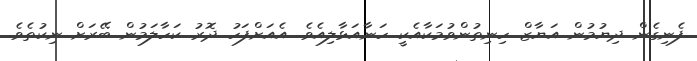
ފެނިގެން ދިޔުމުން އަޔާޒް ހިނިތުންވުމަކާއެކީ ހަނާއަޅާލިއެވެ. އެއަށްފަހު ދޮރު ކަހާލަމުން ބޭރަށް ނިކުތެވެ.